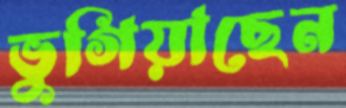
ভুগিয়াছেন